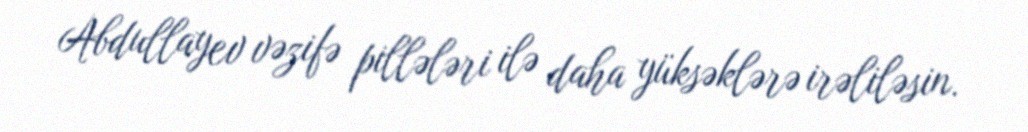
Abdullayev vəzifə pillələri ilə daha yüksəklərə irəliləsin.